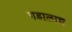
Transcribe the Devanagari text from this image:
गडालाच